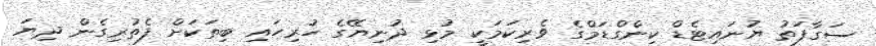
ސަގާފަތު ޔުނައިޓެޑް ކިންގްޑަމްގެ ވެރިކަމަކީ މުޅި ދުނިޔޭގެ ހުރިހައި ބިތަކަށް ފެތުރިގެން ދިޔަ